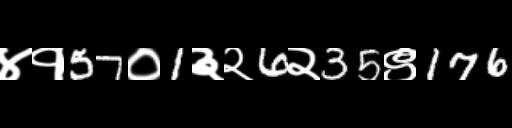
Text: ४१57०1३२6२35९176